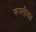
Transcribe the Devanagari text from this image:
रूस्तीका